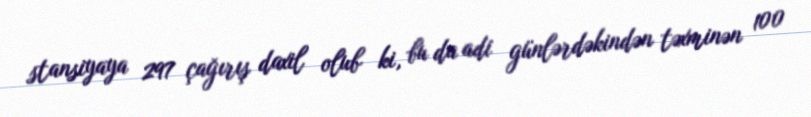
stansiyaya 297 çağırış daxil olub ki, bu da adi günlərdəkindən təxminən 100